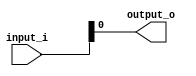
module to_flag (
	input [7:0] input_i,
	output output_o);
	
assign output_o = input_i[0];

endmodule